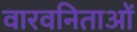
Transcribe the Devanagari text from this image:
वारवनिताओं